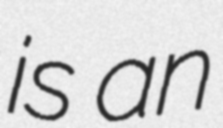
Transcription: is an